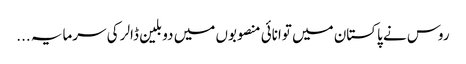
روس نے پاکستان میں توانائی منصوبوں میں دو بلین ڈالر کی سرمایہ ...